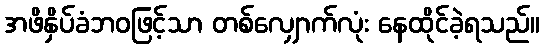
အဖိနှိပ်ခံဘဝဖြင့်သာ တစ်လျှောက်လုံး နေထိုင်ခဲ့ရသည်။